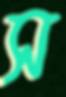
স